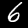
Digit: 6